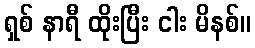
ရှစ် နာရီ ထိုးပြီး ငါး မိနစ်။